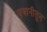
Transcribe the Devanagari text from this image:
जबानीतून